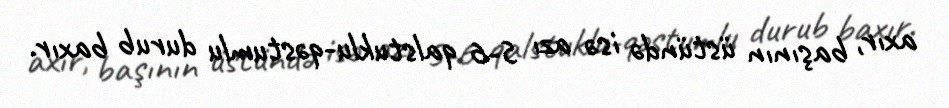
axır, başının üstündə isə azı 5-6 qalstuklu-qəstumlu durub baxır.